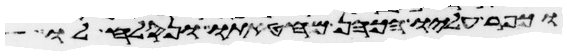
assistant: וכפר עליו הכהן מחטאתו ונסלח לו